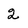
Character: 2